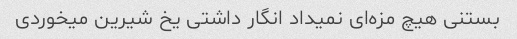
بستنی هیچ مزه‌ای نمیداد انگار داشتی یخ شیرین میخوردی